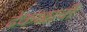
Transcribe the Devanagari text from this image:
ढेकळाची